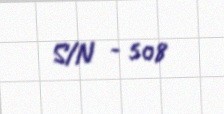
S/N - 508